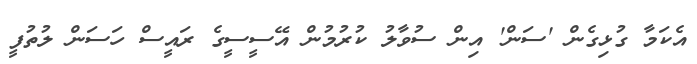
އެކަމާ ގުޅިގެން 'ސަން' އިން ސުވާލު ކުރުމުން އޭސީސީގެ ރައީސް ހަސަން ލުތުފީ